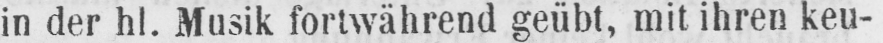
in der hl. Musik fortwährend geübt, mit ihren keu-